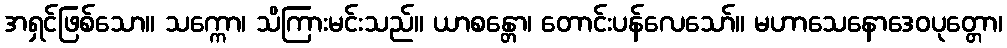
အရှင်ဖြစ်သော။ သက္ကော၊ သိကြားမင်းသည်။ ယာစန္တော၊ တောင်းပန်လေသော်။ မဟာသေနောဒေဝပုတ္တော၊